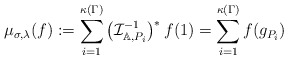
\begin{align*}\mu_{\sigma,\lambda}(f):=\sum_{i=1}^{\kappa(\Gamma)}\left(\mathcal{I}_{\mathbb{A},P_i}^{-1}\right)^{*}f(1)=\sum_{i=1}^{\kappa(\Gamma)}f(g_{P_i})\end{align*}